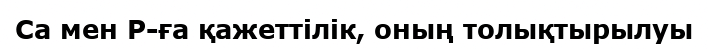
Са мен Р-ға қажеттiлiк, оның толықтырылуы